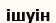
ішуін